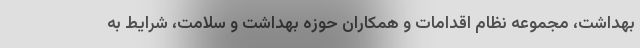
بهداشت، مجموعه نظام اقدامات و همکاران حوزه بهداشت و سلامت، شرایط به